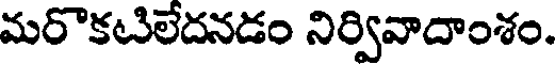
మరొకటిలేదనడం నిర్వివాదాంశం.